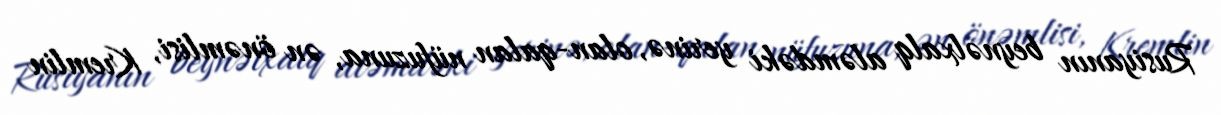
Rusiyanın beynəlxalq aləmdəki yerinə, olan-qalan nüfuzuna, ən önəmlisi, Kremlin